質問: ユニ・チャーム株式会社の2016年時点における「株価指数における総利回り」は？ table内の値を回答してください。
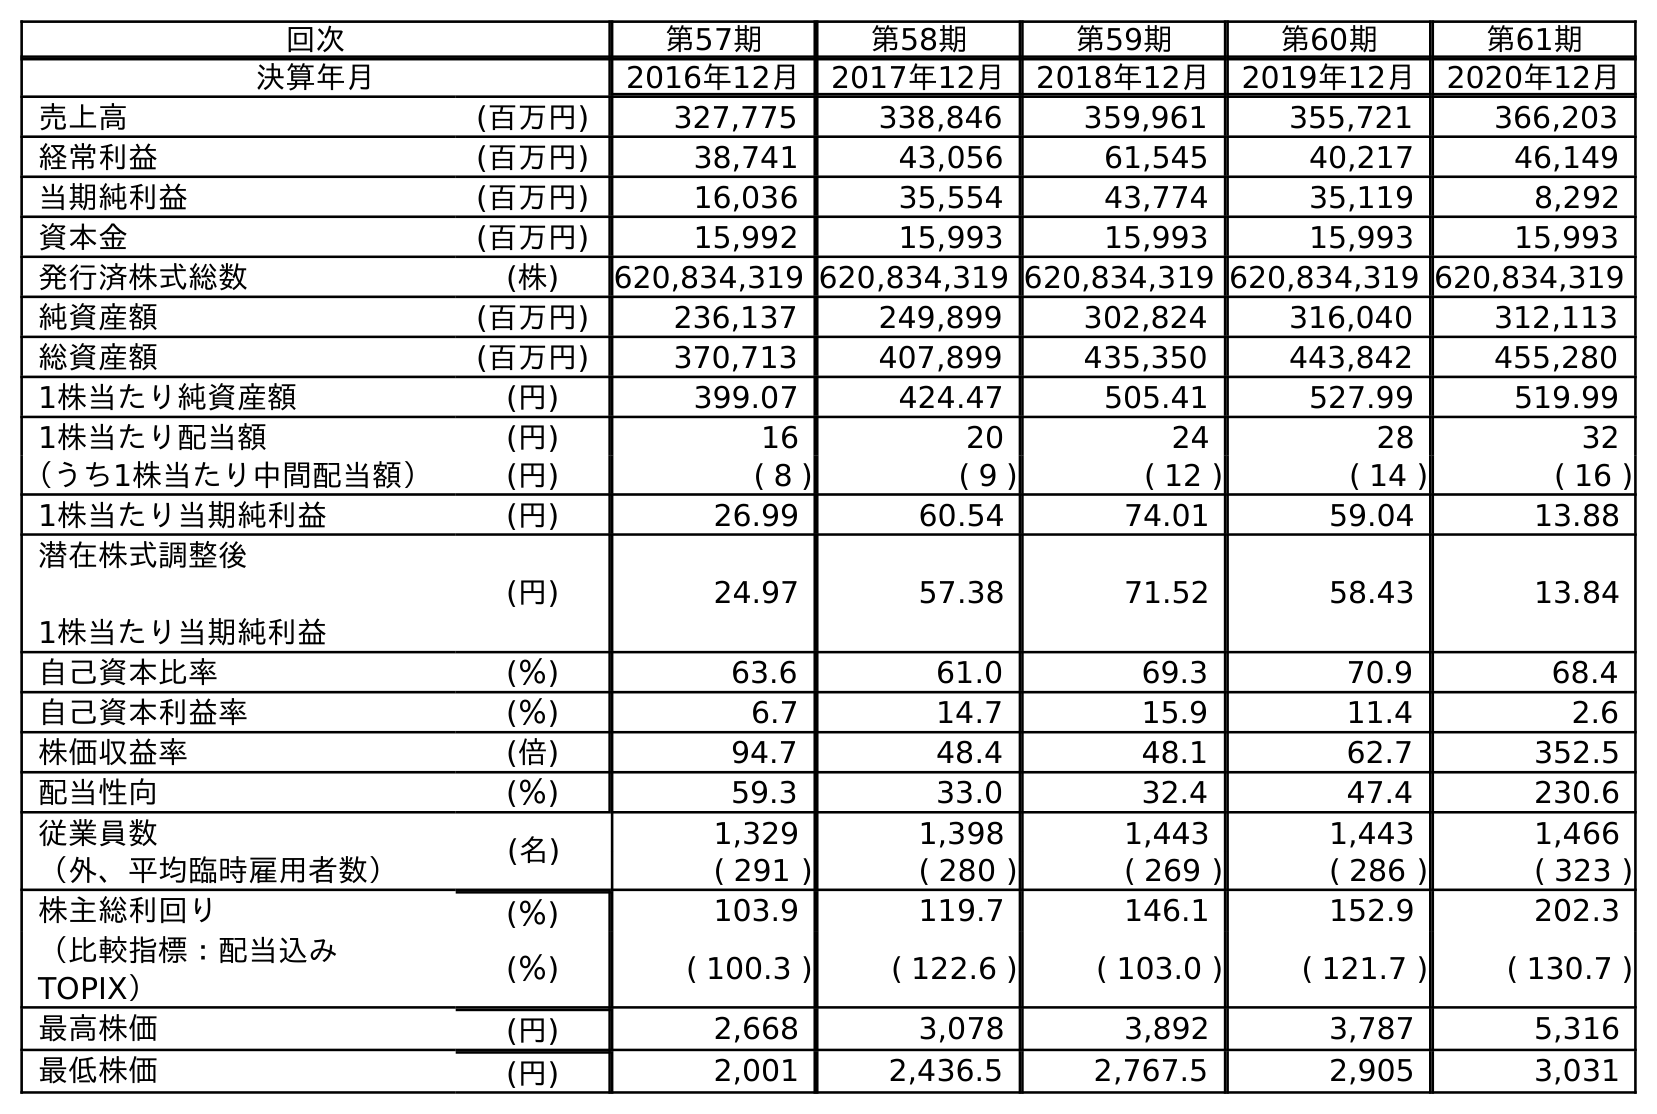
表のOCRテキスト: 回次 第57期 第58期 第59期 第60期 第61期 決算年月 2016年12月 2017年12月 2018年12月 2019年12月 2020年12月 売上高 (百万円) 327,775 338,846 359,961 355,721 366,203 経常利益 (百万円) 38,741 43,056 61,545 40,217 46,149 当期純利益 (百万円) 16,036 35,554 43,774 35,119 8,292 資本金 (百万円) 15,992 15,993 15,993 15,993 15,993 発行済株式総数 (株) 620,834,319 620,834,319 620,834,319 620,834,319 620,834,319 純資産額 (百万円) 236,137 249,899 302,824 316,040 312,113 総資産額 (百万円) 370,713 407,899 435,350 443,842 455,280 1株当たり純資産額 (円) 399.07 424.47 505.41 527.99 519.99 1株当たり配当額 (円) 16 20 24 28 32 （うち1株当たり中間配当額） (円) ( 8 ) ( 9 ) ( 12 ) ( 14 ) ( 16 ) 1株当たり当期純利益 (円) 26.99 60.54 74.01 59.04 13.88 潜在株式調整後 1株当たり当期純利益 (円) 24.97 57.38 71.52 58.43 13.84 自己資本比率 (％) 63.6 61.0 69.3 70.9 68.4 自己資本利益率 (％) 6.7 14.7 15.9 11.4 2.6 株価収益率 (倍) 94.7 48.4 48.1 62.7 352.5 配当性向 (％) 59.3 33.0 32.4 47.4 230.6 従業員数 (名) 1,329 1,398 1,443 1,443 1,466 （外、平均臨時雇用者数） ( 291 ) ( 280 ) ( 269 ) ( 286 ) ( 323 ) 株主総利回り (％) 103.9 119.7 146.1 152.9 202.3 （比較指標：配当込み TOPIX） (％) ( 100.3 ) ( 122.6 ) ( 103.0 ) ( 121.7 ) ( 130.7 ) 最高株価 (円) 2,668 3,078 3,892 3,787 5,316 最低株価 (円) 2,001 2,436.5 2,767.5 2,905 3,031
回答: (100.3)